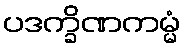
ပဒက္ခိဏကမ္မံ